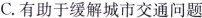
C.有助于缓解城市交通问题